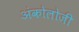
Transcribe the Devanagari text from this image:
अंकोलोजी